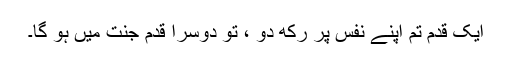
ایک قدم تم اپنے نفس پر رکھ دو ، تو دوسرا قدم جنت میں ہو گا۔